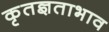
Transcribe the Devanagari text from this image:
कृतज्ञताभाव